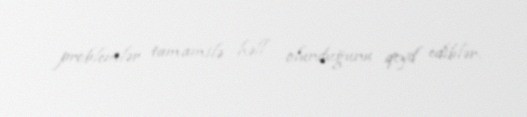
problemlər tamamilə həll olunduğunu qeyd ediblər.